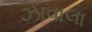
ઝાવાલા